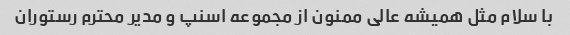
با سلام مثل همیشه عالی ممنون از مجموعه اسنپ و مدیر محترم رستوران